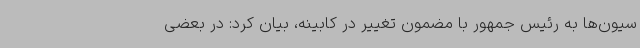
سیون‌ها به رئیس جمهور با مضمون تغییر در کابینه، بیان کرد: در بعضی